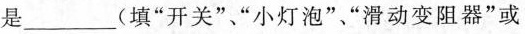
是___(填“开关”“小灯泡”“滑动变阻器”或